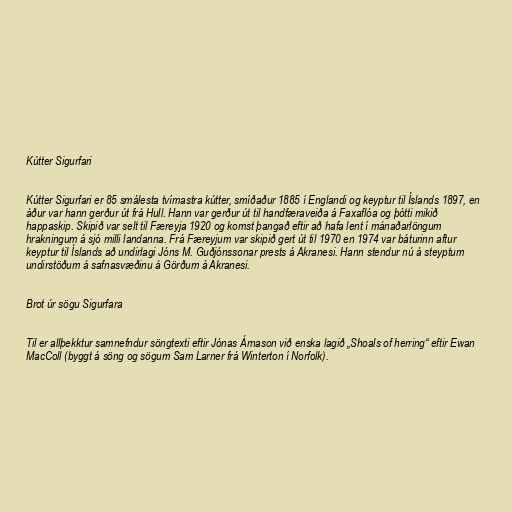
Kútter Sigurfari

Kútter Sigurfari er 85 smálesta tvímastra kútter, smíðaður 1885 í Englandi og keyptur til Íslands 1897, en
áður var hann gerður út frá Hull. Hann var gerður út til handfæraveiða á Faxaflóa og þótti mikið
happaskip. Skipið var selt til Færeyja 1920 og komst þangað eftir að hafa lent í mánaðarlöngum
hrakningum á sjó milli landanna. Frá Færeyjum var skipið gert út til 1970 en 1974 var báturinn aftur
keyptur til Íslands að undirlagi Jóns M. Guðjónssonar prests á Akranesi. Hann stendur nú á steyptum
undirstöðum á safnasvæðinu á Görðum á Akranesi.

Brot úr sögu Sigurfara

Til er allþekktur samnefndur söngtexti eftir Jónas Árnason við enska lagið „Shoals of herring“ eftir Ewan
MacColl (byggt á söng og sögum Sam Larner frá Winterton í Norfolk).